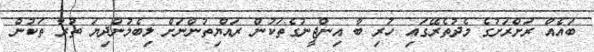
ބައެއް ރަށްރަށުގެ މެދުތެރޭގައި ހުރި ބާ އިންޖީނުގެތަކުން ރައްޔިތުންނަށް ލިބެމުންދިޔަ ތުރާ ތަކުން